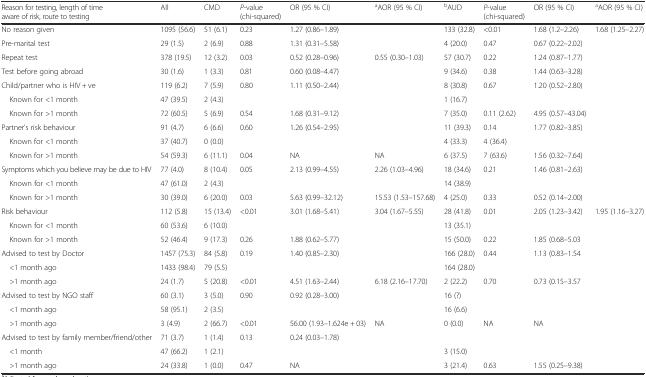
<table><thead><tr><td><b>Reason for testing, length of time aware of risk, route to testing</b></td><td><b>All</b></td><td><b>CMD</b></td><td><b><i>P</i>-value (chi-squared)</b></td><td><b>OR (95 % CI)</b></td><td><b><sup>a</sup>AOR (95 % CI)</b></td><td><b><sup>b</sup>AUD</b></td><td><b><i>P</i>-value (chi-squared)</b></td><td><b>OR (95 % CI)</b></td><td><b><sup>a</sup>AOR (95 % CI)</b></td></tr></thead><tbody><tr><td>No reason given</td><td>1095 (56.6)</td><td>51 (6.1)</td><td>0.23</td><td>1.27 (0.86–1.89)</td><td></td><td>133 (32.8)</td><td>&lt;0.01</td><td>1.68 (1.2–2.26)</td><td>1.68 (1.25–2.27)</td></tr><tr><td>Pre-marital test</td><td>29 (1.5)</td><td>2 (6.9)</td><td>0.88</td><td>1.31 (0.31–5.58)</td><td></td><td>4 (20.0)</td><td>0.47</td><td>0.67 (0.22–2.02)</td><td></td></tr><tr><td>Repeat test</td><td>378 (19.5)</td><td>12 (3.2)</td><td>0.03</td><td>0.52 (0.28–0.96)</td><td>0.55 (0.30–1.03)</td><td>57 (30.7)</td><td>0.22</td><td>1.24 (0.87–1.77)</td><td></td></tr><tr><td>Test before going abroad</td><td>30 (1.6)</td><td>1 (3.3)</td><td>0.81</td><td>0.60 (0.08–4.47)</td><td></td><td>9 (34.6)</td><td>0.38</td><td>1.44 (0.63–3.28)</td><td></td></tr><tr><td>Child/partner who is HIV + ve</td><td>119 (6.2)</td><td>7 (5.9)</td><td>0.80</td><td>1.11 (0.50–2.44)</td><td></td><td>8 (30.8)</td><td>0.67</td><td>1.20 (0.52–2.80)</td><td></td></tr><tr><td> Known for &lt;1 month</td><td>47 (39.5)</td><td>2 (4.3)</td><td></td><td></td><td></td><td>1 (16.7)</td><td></td><td></td><td></td></tr><tr><td> Known for &gt;1 month</td><td>72 (60.5)</td><td>5 (6.9)</td><td>0.54</td><td>1.68 (0.31–9.12)</td><td></td><td>7 (35.0)</td><td>0.11 (2.62)</td><td>4.95 (0.57–43.04)</td><td></td></tr><tr><td>Partner’s risk behaviour</td><td>91 (4.7)</td><td>6 (6.6)</td><td>0.60</td><td>1.26 (0.54–2.95)</td><td></td><td>11 (39.3)</td><td>0.14</td><td>1.77 (0.82–3.85)</td><td></td></tr><tr><td> Known for &lt;1 month</td><td>37 (40.7)</td><td>0 (0.0)</td><td></td><td></td><td></td><td>4 (33.3)</td><td>4 (36.4)</td><td></td><td></td></tr><tr><td> Known for &gt;1 month</td><td>54 (59.3)</td><td>6 (11.1)</td><td>0.04</td><td>NA</td><td>NA</td><td>6 (37.5)</td><td>7 (63.6)</td><td>1.56 (0.32–7.64)</td><td></td></tr><tr><td>Symptoms which you believe may be due to HIV</td><td>77 (4.0)</td><td>8 (10.4)</td><td>0.05</td><td>2.13 (0.99–4.55)</td><td>2.26 (1.03–4.96)</td><td>18 (34.6)</td><td>0.21</td><td>1.46 (0.81–2.63)</td><td></td></tr><tr><td> Known for &lt;1 month</td><td>47 (61.0)</td><td>2 (4.3)</td><td></td><td></td><td></td><td>14 (38.9)</td><td></td><td></td><td></td></tr><tr><td> Known for &gt;1 month</td><td>30 (39.0)</td><td>6 (20.0)</td><td>0.03</td><td>5.63 (0.99–32.12)</td><td>15.53 (1.53–157.68)</td><td>4 (25.0)</td><td>0.33</td><td>0.52 (0.14–2.00)</td><td></td></tr><tr><td>Risk behaviour</td><td>112 (5.8)</td><td>15 (13.4)</td><td>&lt;0.01</td><td>3.01 (1.68–5.41)</td><td>3.04 (1.67–5.55)</td><td>28 (41.8)</td><td>0.01</td><td>2.05 (1.23–3.42)</td><td>1.95 (1.16–3.27)</td></tr><tr><td> Known for &lt;1 month</td><td>60 (53.6)</td><td>6 (10.0)</td><td></td><td></td><td></td><td>13 (35.1)</td><td></td><td></td><td></td></tr><tr><td> Known for &gt;1 month</td><td>52 (46.4)</td><td>9 (17.3)</td><td>0.26</td><td>1.88 (0.62–5.77)</td><td></td><td>15 (50.0)</td><td>0.22</td><td>1.85 (0.68–5.03</td><td></td></tr><tr><td>Advised to test by Doctor</td><td>1457 (75.3)</td><td>84 (5.8)</td><td>0.19</td><td>1.40 (0.85–2.30)</td><td></td><td>166 (28.0)</td><td>0.44</td><td>1.13 (0.83–1.54</td><td></td></tr><tr><td> &lt;1 month ago</td><td>1433 (98.4)</td><td>79 (5.5)</td><td></td><td></td><td></td><td>164 (28.0)</td><td></td><td></td><td></td></tr><tr><td> &gt;1 month ago</td><td>24 (1.7)</td><td>5 (20.8)</td><td>&lt;0.01</td><td>4.51 (1.63–2.44)</td><td>6.18 (2.16–17.70)</td><td>2 (22.2)</td><td>0.70</td><td>0.73 (0.15–3.57</td><td></td></tr><tr><td>Advised to test by NGO staff</td><td>60 (3.1)</td><td>3 (5.0)</td><td>0.90</td><td>0.92 (0.28–3.00)</td><td></td><td>16 (?)</td><td></td><td></td><td></td></tr><tr><td> &lt;1 month ago</td><td>58 (95.1)</td><td>2 (3.5)</td><td></td><td></td><td></td><td>16 (6.6)</td><td></td><td></td><td></td></tr><tr><td> &gt;1 month ago</td><td>3 (4.9)</td><td>2 (66.7)</td><td>&lt;0.01</td><td>56.00 (1.93–1.624e + 03)</td><td>NA</td><td>0 (0.0)</td><td>NA</td><td>NA</td><td></td></tr><tr><td>Advised to test by family member/friend/other</td><td>71 (3.7)</td><td>1 (1.4)</td><td>0.13</td><td>0.24 (0.03–1.78)</td><td></td><td></td><td></td><td></td><td></td></tr><tr><td> &lt;1 month</td><td>47 (66.2)</td><td>1 (2.1)</td><td></td><td></td><td></td><td>3 (15.0)</td><td></td><td></td><td></td></tr><tr><td> &gt;1 month ago</td><td>24 (33.8)</td><td>1 (0.0)</td><td>0.47</td><td>NA</td><td></td><td>3 (21.4)</td><td>0.63</td><td>1.55 (0.25–9.38)</td><td></td></tr></tbody></table>